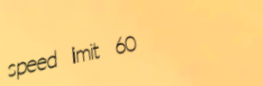
speed limit 60